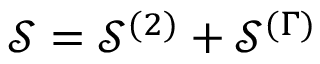
\mathcal { S } = \mathcal { S } ^ { ( 2 ) } + \mathcal { S } ^ { ( \Gamma ) }